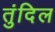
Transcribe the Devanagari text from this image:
तुंदिल